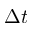
\Delta t